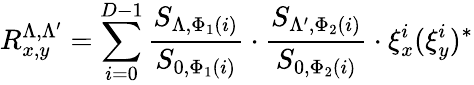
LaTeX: R_{x,y}^{\Lambda,\Lambda^{\prime}}=\sum_{i=0}^{D-1}\frac{S_{\Lambda,\Phi_{1}(i)}}{S_{0,\Phi_{1}(i)}}\cdot\frac{S_{\Lambda^{\prime},\Phi_{2}(i)}}{S_{0,\Phi_{2}(i)}}\cdot\xi_{x}^{i}(\xi_{y}^{i})^{*}